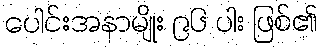
ပေါင်းအနာမျိုး ၉၆ ပါး ဖြစ်၏